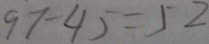
9 7 - 4 5 = 5 2